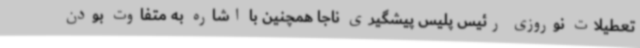
تعطیلات نوروزی رئیس پلیس پیشگیری ناجا همچنین با اشاره به متفاوت بودن